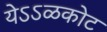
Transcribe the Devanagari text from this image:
येऽऽळकोट